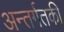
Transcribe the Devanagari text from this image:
अन्तर्गतकी